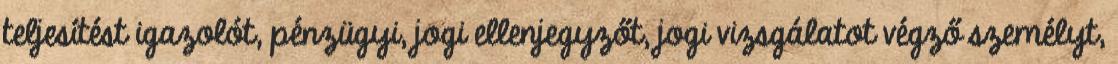
teljesítést igazolót, pénzügyi, jogi ellenjegyzőt, jogi vizsgálatot végző személyt,